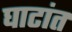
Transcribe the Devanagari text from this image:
घाटांत